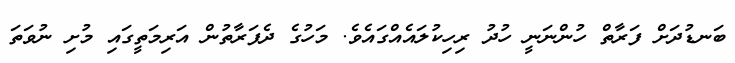
ބަނޑުދަށް ފަރާތް ހުންނަނީ ހުދު ރިހިކުލައެއްގައެވެ. މަހުގެ ދެފަރާތުން އަރިމަތީގައި މުށި ނުވަތަ